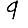
Digit: 9